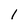
Character: l